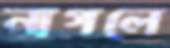
নাগলে